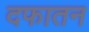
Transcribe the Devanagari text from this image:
दफातन